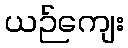
ယဉ်ကျေး